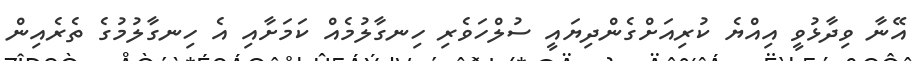
އޭނާ ވިދާޅުވީ އިއްޔެ ކުރިއަށްގެންދިޔައީ ސުލްހަވެރި ހިނގާލުމެއް ކަމަށާއި އެ ހިނގާލުމުގެ ތެރެއިން